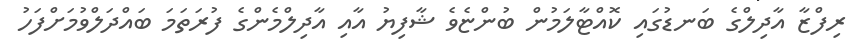
ރިފްޒާ އާދިލްގެ ބަނޑުގައި ކޮއްޓާލަމުން ބުންޏެވެ ޝާފިޔު އާއި އާދިލްމެންގެ ފުރަތަމަ ބައްދަލްވުމަށްފަހު